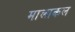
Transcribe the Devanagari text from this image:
मालाकल